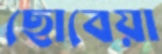
ছোবেয়া